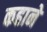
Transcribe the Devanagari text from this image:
कहाने